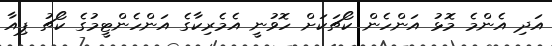
އަދި އެންމެ މޮޅު އަންހެން ކޯޗަކަށް ހޮވުނީ އެމެރިކާގެ އަންހެންޓީމުގެ ކޯޗު ޕިއާ